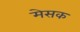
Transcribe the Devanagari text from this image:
मेसक